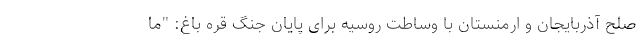
صلح آذربایجان و ارمنستان با وساطت روسیه برای پایان جنگ قره باغ: "ما